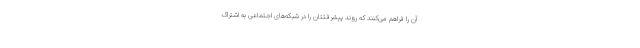
آن را فراهم می‌کنند که روند پیشرفتتان را در شبکه‌های اجتماعی به اشتراک